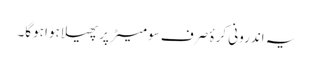
یہ اندرونی کرۂ صرف سو میٹر پر پھیلا ہوا ہوگا۔